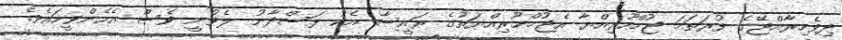
ދިވެހިރާއްޖޭގެ ފުރަތަމަ ޖުމްހޫރިއްޔާ އެޖުމްހޫރިއްޔަތުގެ ރައީސާ އެކު ފަސްދާނު ލެވުނީ ވެސް އެހެންވީމައެވެ.